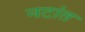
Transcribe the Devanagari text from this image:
नटांत